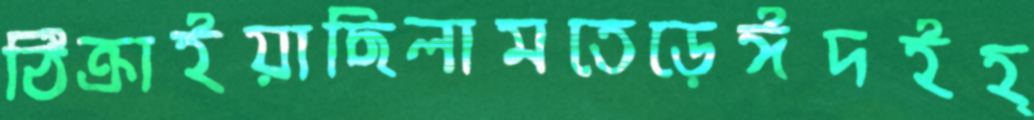
ঠিক্‌রাইয়াছিলামতেড়েঈদইহ্